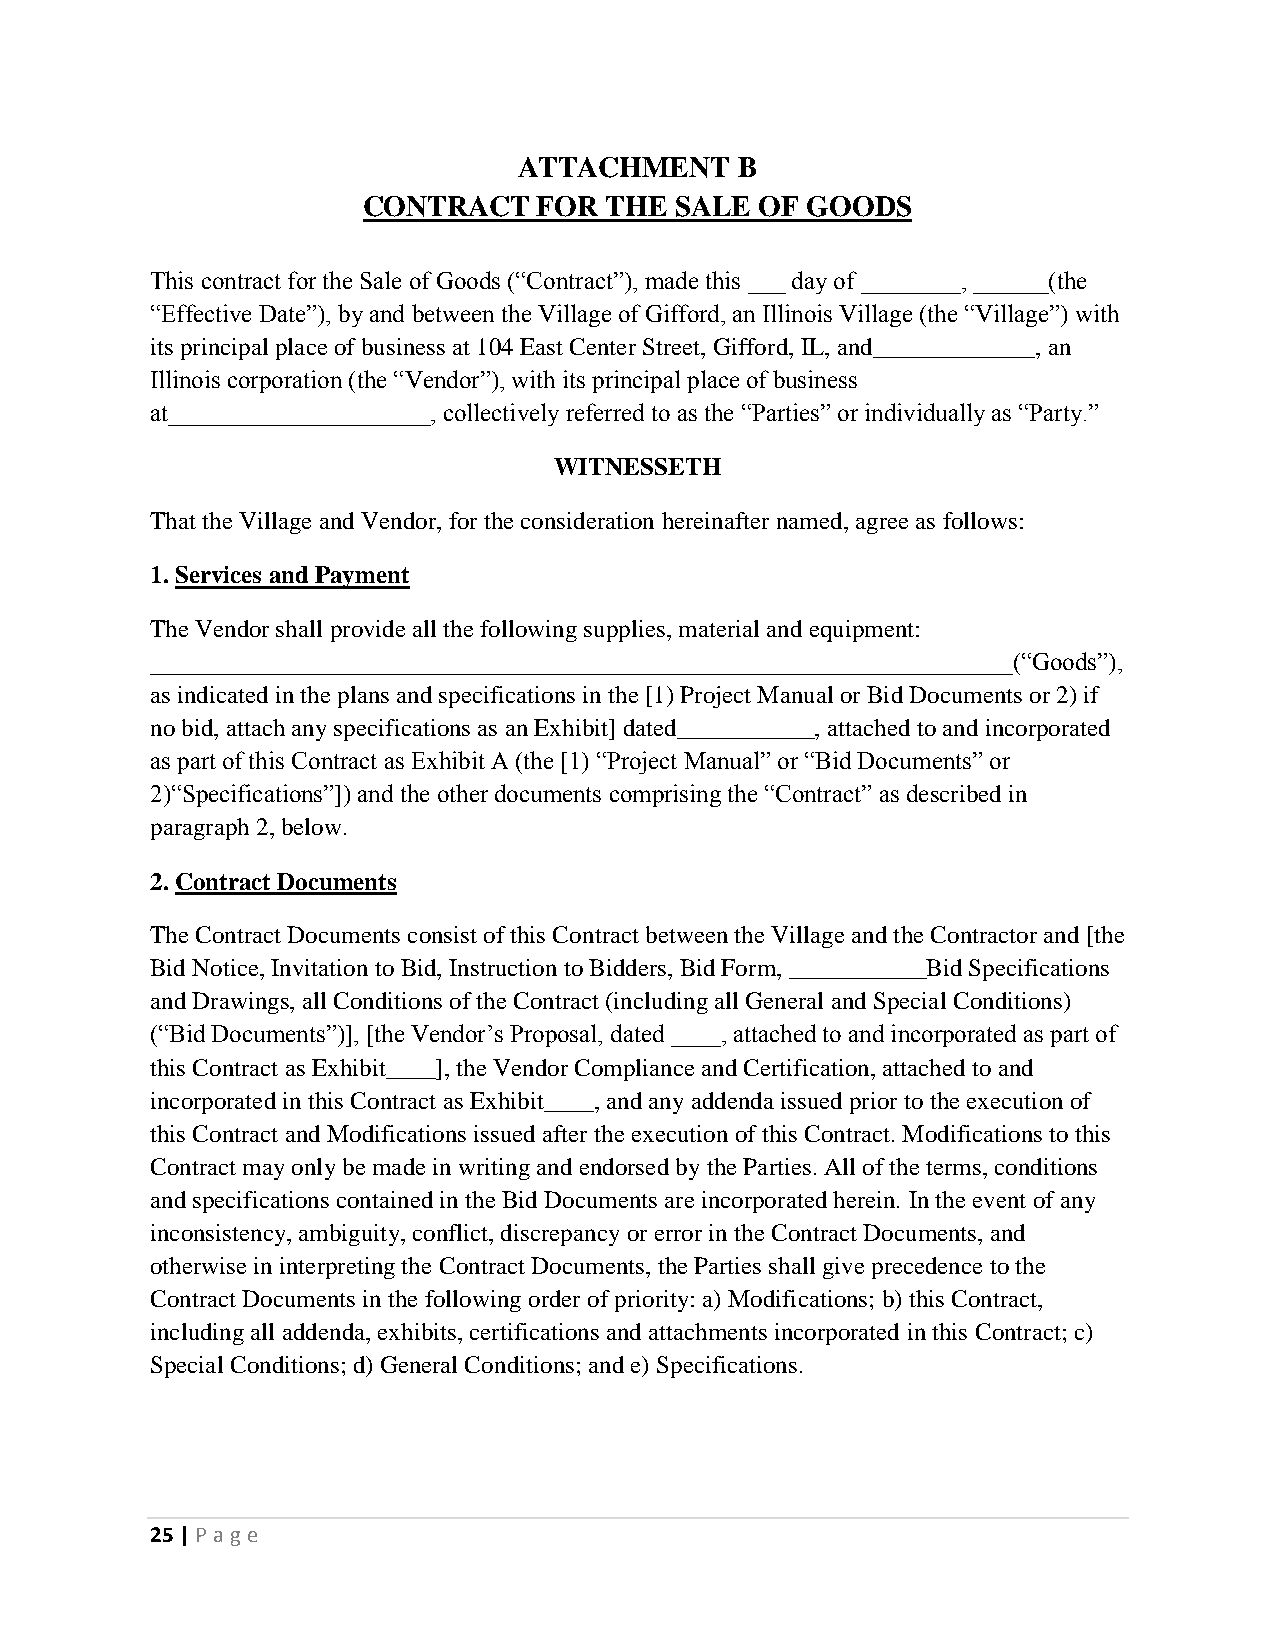
ATTACHMENT     B
 CONTRACT    FOR THE  SALE OF GOODS
 This contract for the Sale of Goods (“Contract”), made this ___ day of ________, ______(the
 “Effective Date”), by and between the Village of Gifford, an Illinois Village (the “Village”) with
 its principal place of business at 104 East Center Street, Gifford, IL, and_____________, an
 Illinois corporation (the “Vendor”), with its principal place of business
 at_____________________, collectively referred to as the “Parties” or individually as “Party.”
 WITNESSETH
 That the Village and Vendor, for the consideration hereinafter named, agree as follows:
 1. Services and Payment
 The Vendor shall provide all the following supplies, material and equipment:
 _____________________________________________________________________(“Goods”),
 as indicated in the plans and specifications in the [1) Project Manual or Bid Documents or 2) if
 no bid, attach any specifications as an Exhibit] dated___________, attached to and incorporated
 as part of this Contract as Exhibit A (the [1) “Project Manual” or “Bid Documents” or
 2)“Specifications”]) and the other documents comprising the “Contract” as described in
 paragraph 2, below.
 2. Contract Documents
 The Contract Documents consist of this Contract between the Village and the Contractor and [the
 Bid Notice, Invitation to Bid, Instruction to Bidders, Bid Form, ___________Bid Specifications
 and Drawings, all Conditions of the Contract (including all General and Special Conditions)
 (“Bid Documents”)], [the Vendor’s Proposal, dated ____, attached to and incorporated as part of
 this Contract as Exhibit____], the Vendor Compliance and Certification, attached to and
 incorporated in this Contract as Exhibit____, and any addenda issued prior to the execution of
 this Contract and Modifications issued after the execution of this Contract. Modifications to this
 Contract may only be made in writing and endorsed by the Parties. All of the terms, conditions
 and specifications contained in the Bid Documents are incorporated herein. In the event of any
 inconsistency, ambiguity, conflict, discrepancy or error in the Contract Documents, and
 otherwise in interpreting the Contract Documents, the Parties shall give precedence to the
 Contract Documents in the following order of priority: a) Modifications; b) this Contract,
 including all addenda, exhibits, certifications and attachments incorporated in this Contract; c)
 Special Conditions; d) General Conditions; and e) Specifications.
 25 | P age